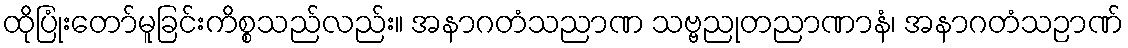
ထိုပြုံးတော်မူခြင်းကိစ္စသည်လည်း။ အနာဂတံသညာဏ သဗ္ဗညုတညာဏာနံ၊ အနာဂတံသဉာဏ်